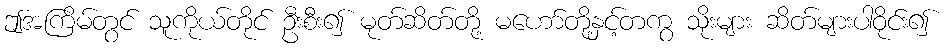
ဤအကြိမ်တွင် သူကိုယ်တိုင် ဦးစီး၍ မုတ်ဆိတ်တို့ မဟော်တို့နှင့်တကွ သိုးများ ဆိတ်များပါဝိုင်း၍